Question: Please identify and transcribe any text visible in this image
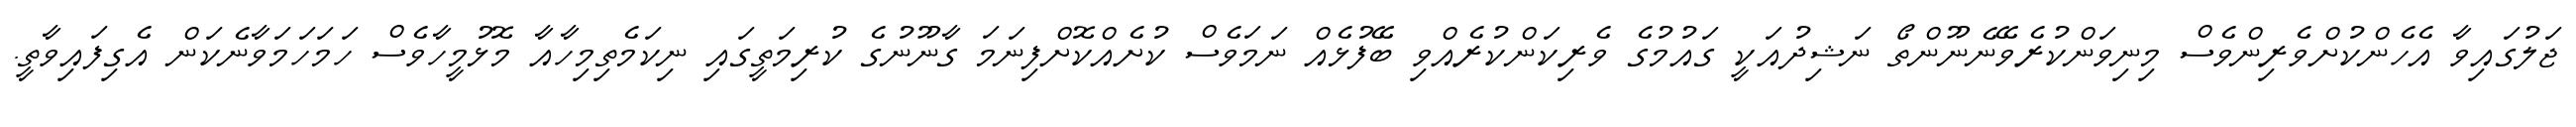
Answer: ޖަލުގައިވާ އެހެންކުށްވެރިންވެސް މިނިވަންކުރެވޭނެނޫންތޯ ނަޝިދުއަކީ ގައުމުގެ ވެރިކަންކުރެއްވި ބޭފުޅެއް ނަމަވެސް ކުށެއްކޮށްފިނަމަ ގާނޫނުގެ ކުރިމަތީގައި ނިކަމެތިމިހާއާ މޮޅުމީހާވެސް ހަމަހަމަވާނެކަން އެގިފައިވާތީ.